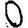
Digit: 0